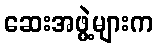
ဆေးအဖွဲ့များက